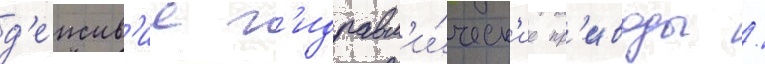
д'еиств'ие г'идравл'и́ческ'ие пр'иводы /